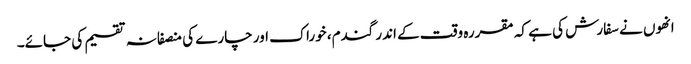
انھوں نے سفارش کی ہے کہ مقررہ وقت کے اندر گندم، خوراک اور چارے کی منصفانہ تقسیم کی جائے۔